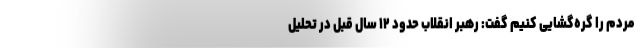
مردم را گره‌گشایی کنیم گفت: رهبر انقلاب حدود ۱۲ سال قبل در تحلیل